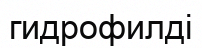
гидрофилді